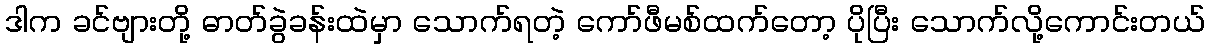
ဒါက ခင်ဗျားတို့ ဓာတ်ခွဲခန်းထဲမှာ သောက်ရတဲ့ ကော်ဖီမစ်ထက်တော့ ပိုပြီး သောက်လို့ကောင်းတယ်